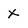
Character: x